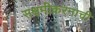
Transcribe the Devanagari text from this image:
सक्षमीकरनाची